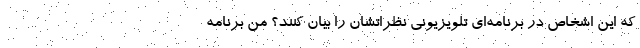
که این اشخاص در برنامه‌ای تلویزیونی نظراتشان را بیان کنند؟ من برنامه